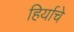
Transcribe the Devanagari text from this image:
हिर्याचे